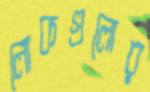
লোকগুলোর